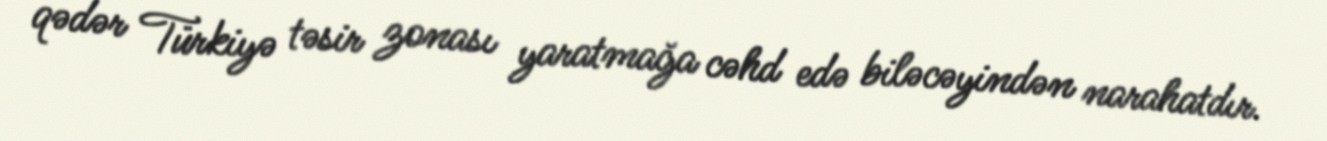
qədər Türkiyə təsir zonası yaratmağa cəhd edə biləcəyindən narahatdır.